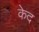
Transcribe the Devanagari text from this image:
केद